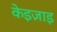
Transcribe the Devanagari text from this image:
केइज़ाइ